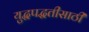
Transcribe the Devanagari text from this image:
युद्धपद्धतीसाठी